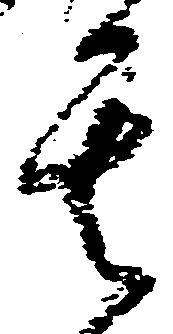
其